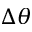
\Delta \theta